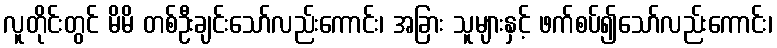
လူတိုင်းတွင် မိမိ တစ်ဦးချင်းသော်လည်းကောင်း၊ အခြား သူများနှင့် ဖက်စပ်၍သော်လည်းကောင်း၊